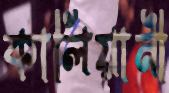
কালিয়ানী